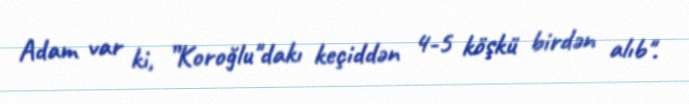
Adam var ki, ”Koroğlu"dakı keçiddən 4-5 köşkü birdən alıb".